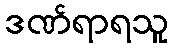
ဒဏ်ရာရသူ